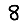
Digit: 8